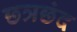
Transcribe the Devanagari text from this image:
छत्रछंद